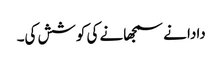
دادا نے سمجھانے کی کوشش کی۔